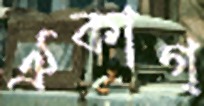
ঐকাগ্